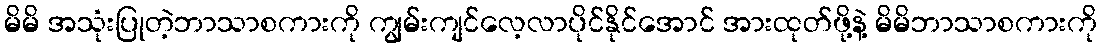
မိမိ အသုံးပြုတဲ့ဘာသာစကားကို ကျွမ်းကျင်လေ့လာပိုင်နိုင်အောင် အားထုတ်ဖို့နဲ့ မိမိဘာသာစကားကို